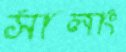
সালাং